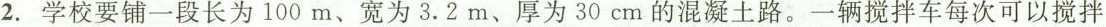
2.学校要铺一段长为100m、宽为3.2m、厚为30cm的混凝土路。一辆搅拌车每次可以搅拌